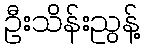
ဦးသိန်းညွန့်